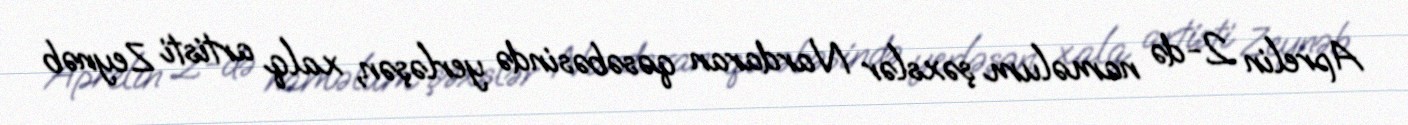
Aprelin 2-də naməlum şəxslər Nardaran qəsəbəsində yerləşən, xalq artisti Zeynəb